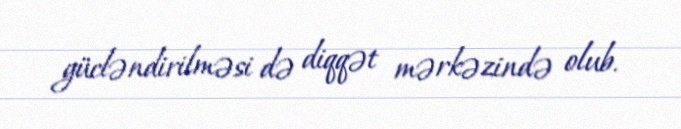
gücləndirilməsi də diqqət mərkəzində olub.